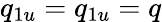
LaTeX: q_{1u}=q_{1u}=q